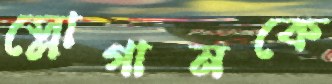
স্লোগানকে